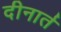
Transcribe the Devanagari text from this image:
दीनार्त